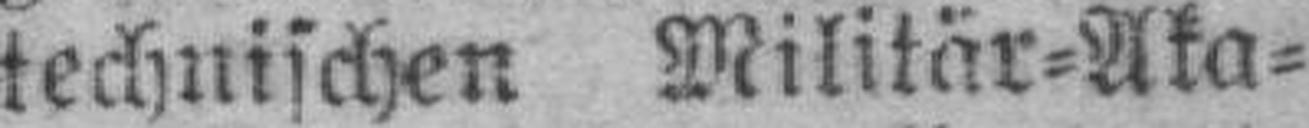
technischen Militär=Aka¬